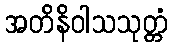
အတိနိဝါသသုတ္တံ